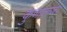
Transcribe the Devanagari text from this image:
कुणालजा